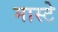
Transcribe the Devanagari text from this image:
मास्टे